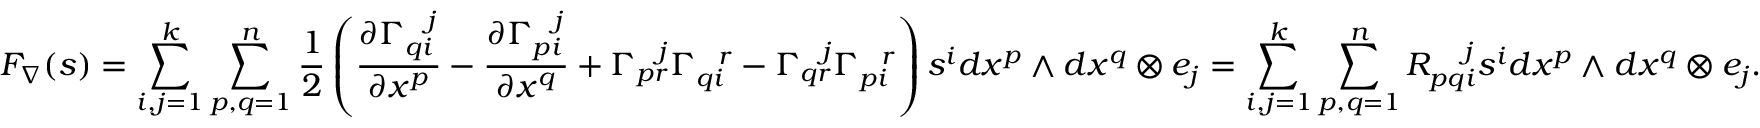
F _ { \nabla } ( s ) = \sum _ { i , j = 1 } ^ { k } \sum _ { p , q = 1 } ^ { n } { \frac { 1 } { 2 } } \left( { \frac { \partial \Gamma _ { q i } ^ { \ \ j } } { \partial x ^ { p } } } - { \frac { \partial \Gamma _ { p i } ^ { \ \ j } } { \partial x ^ { q } } } + \Gamma _ { p r } ^ { \ \ j } \Gamma _ { q i } ^ { \ \ r } - \Gamma _ { q r } ^ { \ \ j } \Gamma _ { p i } ^ { \ \ r } \right) s ^ { i } d x ^ { p } \wedge d x ^ { q } \otimes e _ { j } = \sum _ { i , j = 1 } ^ { k } \sum _ { p , q = 1 } ^ { n } R _ { p q i } ^ { \ \ \ j } s ^ { i } d x ^ { p } \wedge d x ^ { q } \otimes e _ { j } .